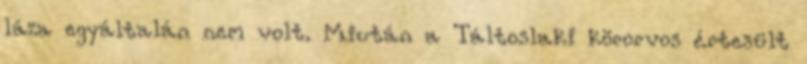
láza egyáltalán nem volt. Miután a Táltoslaki körorvos értesült